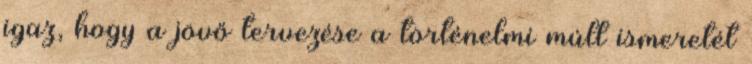
igaz, hogy a jövő tervezése a történelmi múlt ismeretét